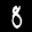
Label: 8